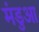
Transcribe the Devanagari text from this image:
मंडुआ